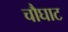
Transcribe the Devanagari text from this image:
चौघाट